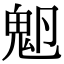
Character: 𩲂